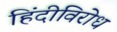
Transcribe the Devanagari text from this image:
हिंदीविरोध